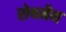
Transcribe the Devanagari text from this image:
रोथमैन